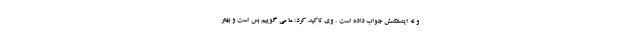
و نه اینستکسش جواب داده است . وی تاکید کرد: ما می گوییم بس است و بهتر